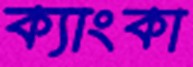
ক্যাংকা